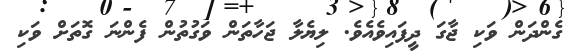
ގެންދަން ވަކި ޖާގަ ދީފައިވެއެވެ. ލިޔެލާ ޖަހާތަން ވަގުތުން ފެންނަ ގޮތަށް ވަކި